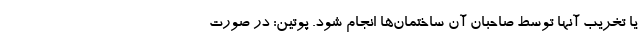
یا تخریب آنها توسط صاحبان آن ساختمان‌ها انجام شود. پوتین: در صورت